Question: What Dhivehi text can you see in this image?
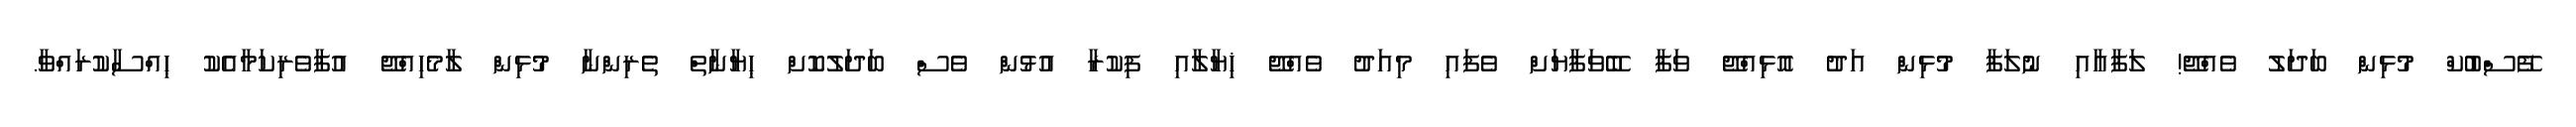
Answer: ފޭސްބުކް މުޅިން ބަދަލު ވެއްޖޭ! ލަފާއާއި ނުލަފާ މުޅިން އަދު އޮޅިއްޖޭ ވަފާ ބޭވަފާޔަށް ވެފައި މިއަދު ވެއްޖޭ ޚިޔާލާއި ފިކުރާ އުޅުން ވެސް ބަދަލުކޮށް ޙިޔާނާތް ތެރިންނާ މުޅިން ލާމެހިއްޖޭ އުފާވެރިކަމާއެކު ޙިއްސާކުރައްވާ.